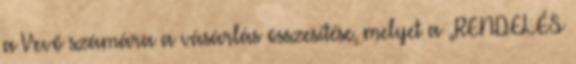
a Vevő számára a vásárlás összesítése, melyet a „RENDELÉS